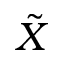
\tilde { X }